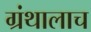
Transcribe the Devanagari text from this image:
ग्रंथालाच